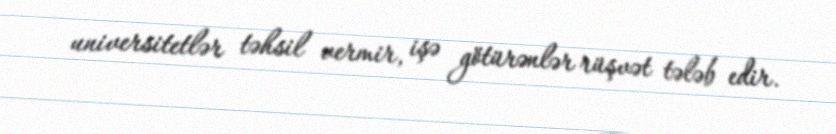
universitetlər təhsil vermir, işə götürənlər rüşvət tələb edir.